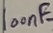
Text: 100nF